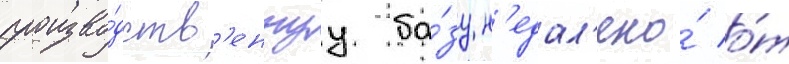
произво́дств'еннуу ба́зу н'едал'еко́ о́т